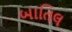
બાતિલ